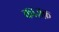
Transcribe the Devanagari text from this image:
काज़क़